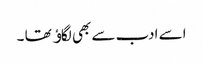
اسے ادب سے بھی لگاﺅ تھا ۔